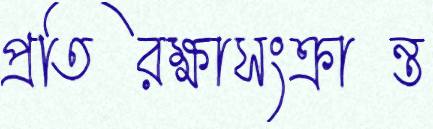
প্রতিরক্ষাসংক্রান্ত